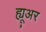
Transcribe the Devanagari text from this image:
ह्यू्अर